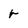
Character: r